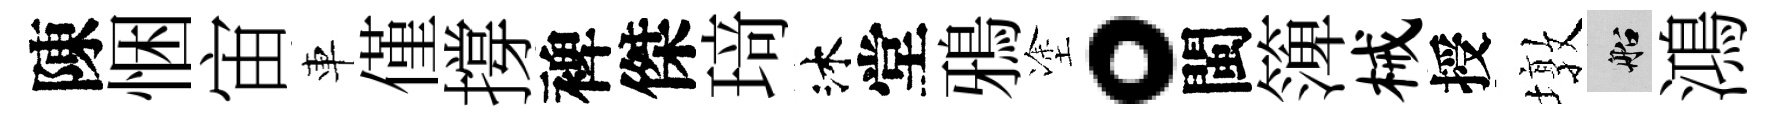
陳悃宙車僅撐裨傑𤦺沐堂鴉塗。閩𥱼械授墩船鴻